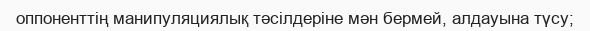
оппоненттің манипуляциялық тәсілдеріне мән бермей, алдауына түсу;